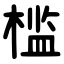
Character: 槛